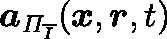
\boldsymbol { a } _ { \mathit { \Pi } _ { \overline { { I } } } } ( \boldsymbol { x } , \boldsymbol { r } , t )